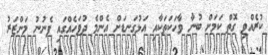
ކުރެއްވި ގޮތް ކަމަށް ބުނާ ވާހަކަތަކާއި އަޅުގަނޑަށް އެންމެ ދުވަހެއްގައި ފެނުނު މަންޒަރު